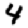
Digit: 4